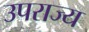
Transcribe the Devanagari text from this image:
उपराज्य